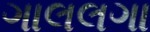
ગાલલગા